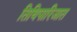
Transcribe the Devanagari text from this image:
तिथिपारिजात